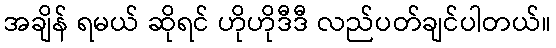
အချိန် ရမယ် ဆိုရင် ဟိုဟိုဒီဒီ လည်ပတ်ချင်ပါတယ်။